system: You are a helpful assistant.
user:
Analyze the provided spectrum to determine if it is a **"Cataclysmic Variables (CV)"**.

- **Key Indicators for CV (Check for either state):**
    - **State 1: Quiescent / Low-State (Emission-Dominated)**
        - **(Primary):** Strong and *very broad* Hydrogen Balmer emission lines (e.g., $H\alpha$ at 6563 Å, $H\beta$ at 4861 Å). The 'broadness' (high velocity dispersion, often FWHM > 1000 km/s) is the key diagnostic, indicating a high-velocity accretion disk.
        - **(Secondary):** Broad neutral Helium (He I) emission lines (e.g., 5876 Å, 6678 Å).
        - **(Key Confirmation):** Presence of high-excitation *ionized* Helium (He II) emission at 4686 Å. This is a strong indicator of accretion onto a white dwarf.
        - **(Line Profile):** Emission lines may exhibit a 'double-peaked' profile, which is a classic signature of a rotating accretion disk viewed at high inclination.

    - **State 2: Outburst / High-State (Absorption-Dominated)**
        - **(Primary):** Spectrum is dominated by a bright, blue continuum (looks like a hot star).
        - **(Secondary):** The emission lines from State 1 are weak, absent, or 'filled in', and are replaced by broad, shallow *absorption* lines (primarily Balmer and He I).
        - **(Morphology):** The overall spectrum mimics a hot B/A-type star. The crucial difference is that the absorption lines are significantly broader, shallower, and more 'washed-out' (or 'smeared') than the sharp lines of a normal stellar photosphere, due to high rotational speeds and pressure broadening in the disk.

Think first, call **spectral_visualization_tool** if needed to examine features in detail, then provide your final answer. Your response must adhere to the following strict rules:
1.  **Overall Structure:** Your response must follow the format `<think>...</think> <tool_call>...</tool_call> (if a tool is used) <answer>...</answer>`.
2.  **Tool Usage Constraint:** You may only make **one** tool call per turn.
3.  **Final Answer Format:** In the `<answer>` tag, your conclusion must be inside a `\boxed{}` command (e.g., `\boxed{YES}`), followed by your justification.

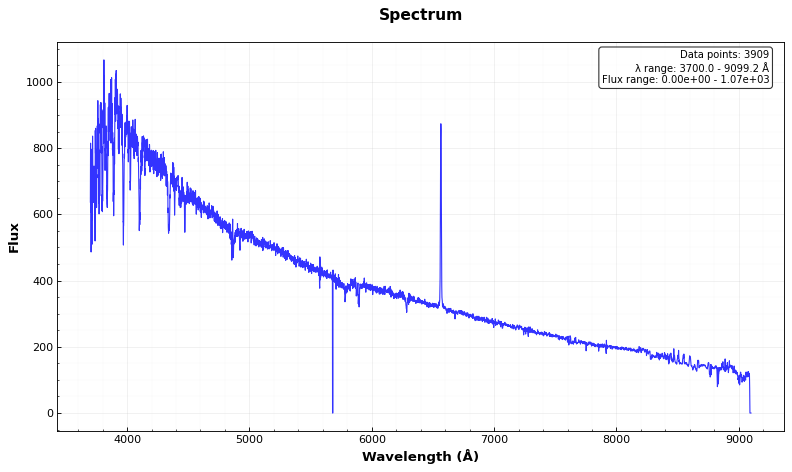
Answer: NO